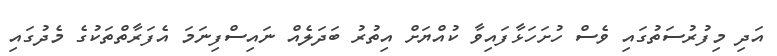
އަދި މިފުރުސަތުގައި ވެސް ހުށަހަޅާފައިވާ ކުއްޔަށް އިތުރު ބަދަލެއް ނައިސްފިނަމަ އެފަރާތްތަކުގެ މެދުގައި